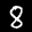
Label: 8